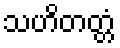
သဟိတတ္တံ